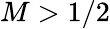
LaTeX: M>1/2